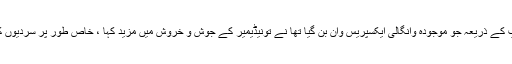
انہوں نے کہا ، ایکس این ایم ایکس سال پہلے نوجوانوں کے ایک گروپ کے ذریعہ جو موجودہ وانگالی ایکسپریس وان بن گیا تھا نے تونیڈیمیر کے جوش و خروش میں مزید کہا ، خاص طور پر سردیوں کے موسم کے ساتھ ٹرین میں بڑھتی دلچسپی کے ساتھ ، انہوں نے کہا۔